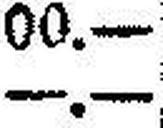
—.—